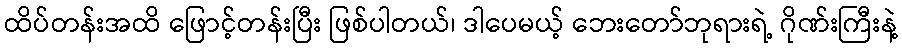
ထိပ်တန်းအထိ ဖြောင့်တန်းပြီး ဖြစ်ပါတယ်၊ ဒါပေမယ့် ဘေးတော်ဘုရားရဲ့ ဂိုဏ်းကြီးနဲ့